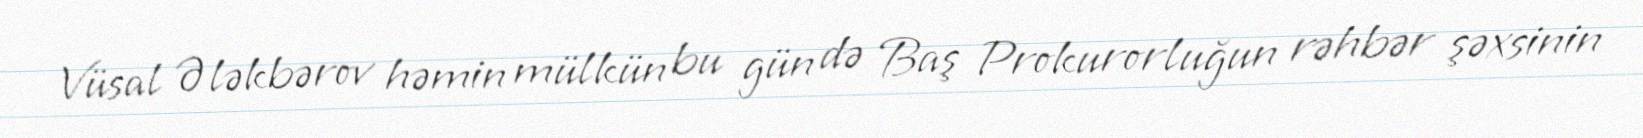
Vüsal Ələkbərov həmin mülkün bu gün də Baş Prokurorluğun rəhbər şəxsinin